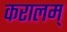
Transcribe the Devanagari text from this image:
करालम्